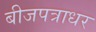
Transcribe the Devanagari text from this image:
बीजपत्राधर